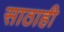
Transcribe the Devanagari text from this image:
साठाही